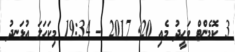
3 ކޮމެންޓް ވަހީދު މެއި 20